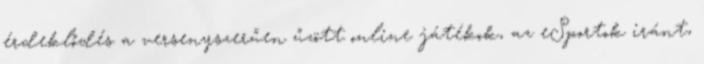
érdeklődés a versenyszerűen űzött online játékok, az eSportok iránt,